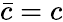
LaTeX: \bar{c}=c